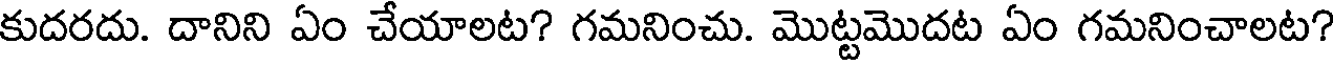
కుదరదు. దానిని ఏం చేయాలట? గమనించు. మొట్టమొదట ఏం గమనించాలట?